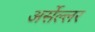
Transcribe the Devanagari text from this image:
अर्सेल्लर